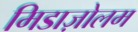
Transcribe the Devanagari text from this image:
मिडाज़ोलम